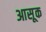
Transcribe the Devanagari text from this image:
आसूक